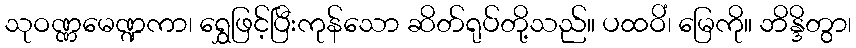
သုဝဏ္ဏမေဏ္ဍကာ၊ ရွှေဖြင့်ပြီးကုန်သော ဆိတ်ရုပ်တို့သည်။ ပထဝိံ၊ မြေကို။ ဘိန္ဒိတွာ၊